Indian journal of veterinary science and animal husbandry - Volumes 15-17, 1948-1951
Year: 1948
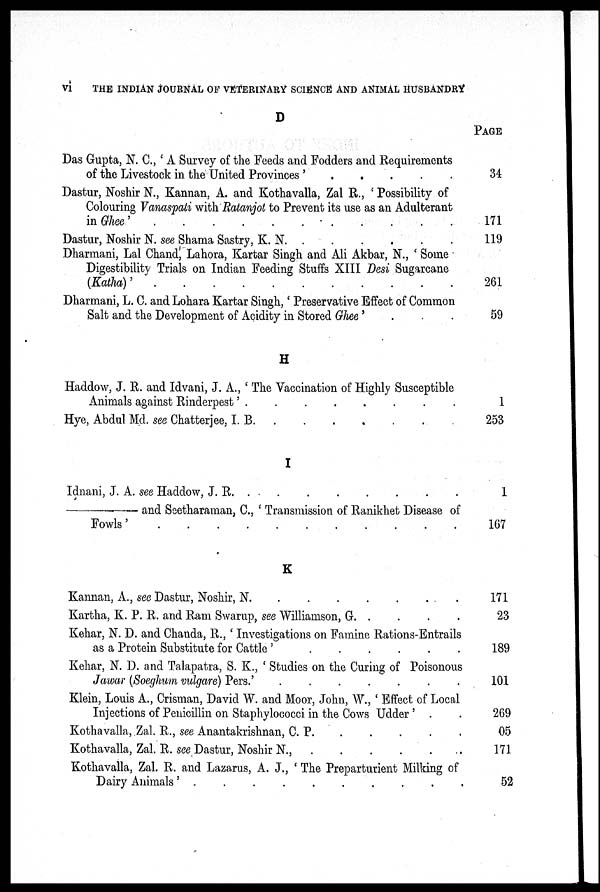
vi
THE INDIAN JOURNAL OF VETERINARY SCIENCE AND ANIMAL HUSBANDRY
D
Das Gupta, N. C., ' A Survey of the Feeds and Fodders and Requirements
of the Livestock in the United Provinces '
.
.
.
.
.
Dastur, Noshir N., Kannan, A. and Kothavalla, Zal R., ' Possibility of
Colouring Vanaspati with Ratanjot to Prevent its use as an Adulterant
in Ghee'
.
.
.
.
.
.
.
.
.
.
.
Dastur, Noshir N. see Shama Sastry, K. N.
.
.
.
.
.
.
Dharmani, Lal Chand, Lahora, Kartar Singh and Ali Akbar, N., ' Some
Digestibility Trials on Indian Feeding Stuffs XIII Desi Sugarcane
(Katha)'
.
.
.
.
.
.
.
.
.
.
.
Dharmani, L. C. and Lohara Kartar Singh,' Preservative Effect of Common
Salt and the Development of Acidity in Stored Ghee' . . .
H
Haddow, J. R. and Idvani, J. A., ' The Vaccination of Highly Susceptible
Animals against Rinderpest'
.
.
.
.
.
.
.
.
Hye, Abdul Md. see Chatterjee, I. B. . . . . . . .
I
Idnani, J. A. see Haddow, J.
R.
.
.
.
.
.
.
.
.
—
and Seetharaman, C., ' Transmission of Ranikhet Disease of
Fowls'
.
.
.
.
.
.
.
.
.
.
.
K
Kannan, A., see Dastur, Noshir, N. . . . . . . .
Kartha, K. P. R. and Ram Swarup, see Williamson, G. . . . .
Kehar, N. D. and Chanda, R., ' Investigations on Famine Rations-Entrails
as a Protein Substitute for Cattle
'
.
.
.
.
.
.
Kehar, N. D. and Talapatra, S. K., ' Studies on the Curing of Poisonous
Jawar (Soeghum vulgare) Pers.'
.
.
.
.
.
.
.
Klein, Louis A., Crisman, David W. and Moor, John, W., ' Effect of Local
Injections of Penicillin on Staphylococci in the Cows Udder ' . .
Kothavalla, Zal. R., see Anantakrishnan, C. P. . . . . .
Kothavalla, Zal. R. see Dastur, Noshir N.,
.
.
.
.
.
.
Kothavalla, Zal. R. and Lazarus, A. J., ' The Preparturient Milking of
Dairy Animals'
.
.
.
.
.
.
.
.
.
.
PAGE
34
171
119
261
59
1
253
1
167
171
23
189
101
269
05
171
52